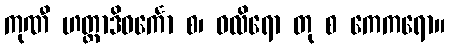
ကုဏီ ဟတ္ထာဒိဝင်္ကော စ၊ ဝလိရော တု စ ကေကရော။